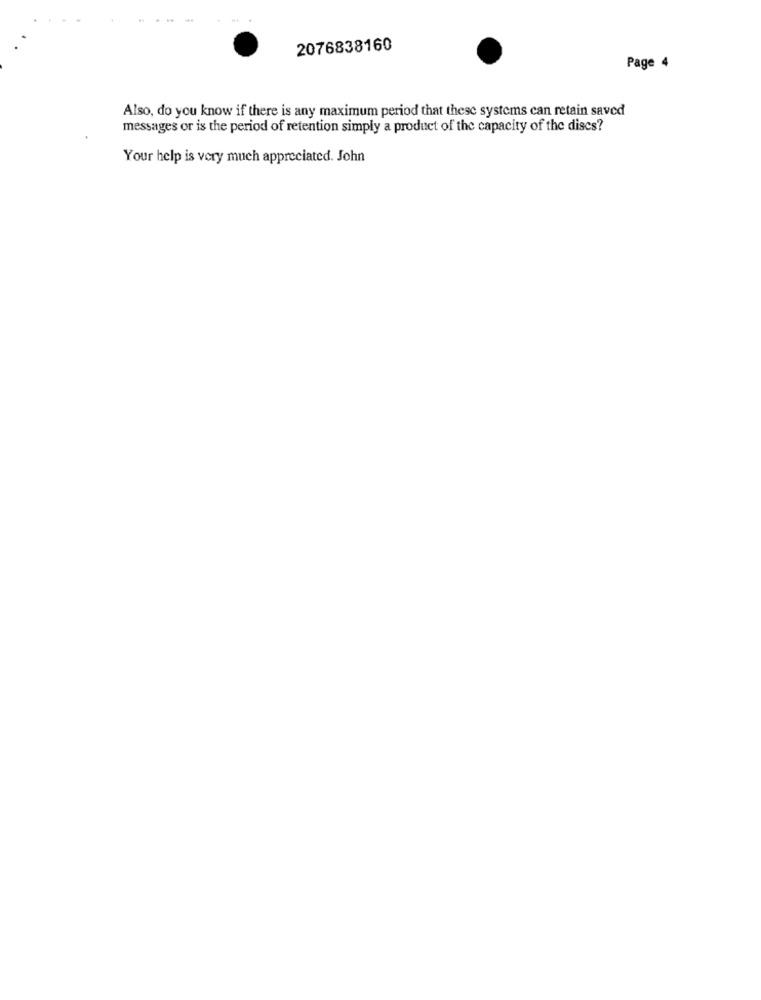
2076838160
Page 4
Also, do you know if there is any maximum period that these systems can retain saved
messages or is the period of retention simply a product of the capacity of the discs?
Your help is very much appreciated. John